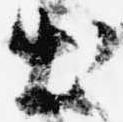
出